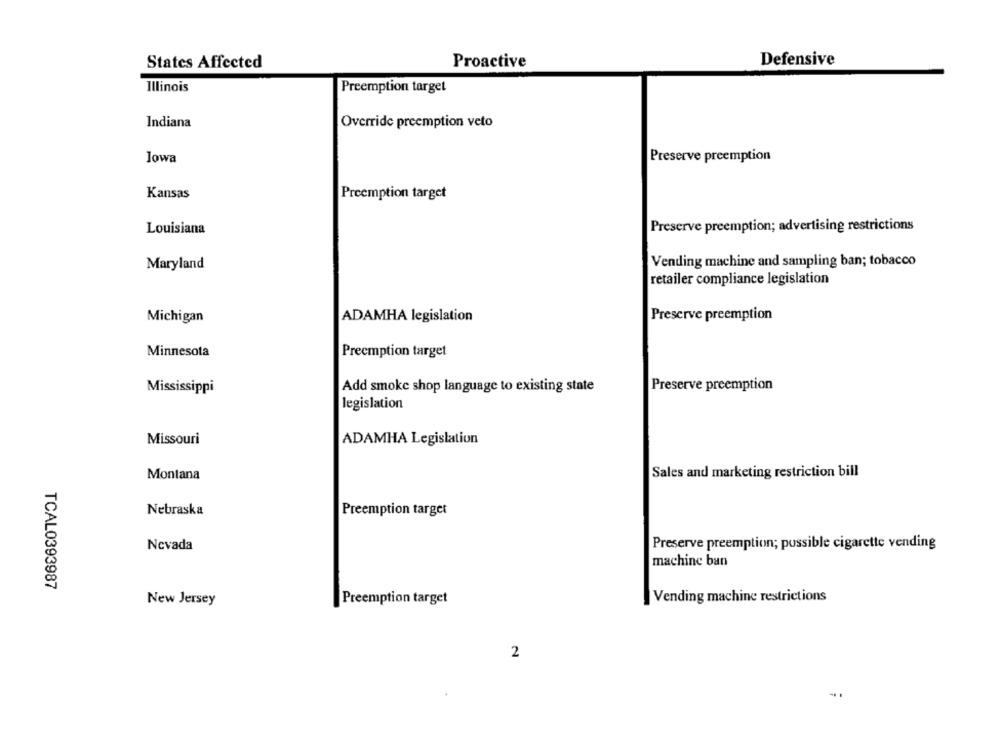
States Affected
Proactive
Defensive
Illinois
Preemption target
Indiana
Override preemption veto
lowa
Preserve preemption
Kansas
Preemption target
Louisiana
Preserve preemption; advertising restrictions
Maryland
Vending machine and sampling ban; tobacco
retailer compliance legislation
Michigan
ADAMHA legislation
Preserve preemption
Minnesota
Preemption target
Mississippi
Add smoke shop language to existing state
Preserve preemption
legislation
Missouri
ADAMHA Legislation
Montana
Sales and marketing restriction bill
Nebraska
Preemption target
Nevada
Preserve preemption; possible cigarette vending
machine ban
TCAL0393987
New Jersey
Preemption target
Vending machine restrictions
2